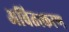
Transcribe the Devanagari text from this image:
अवितत्करण